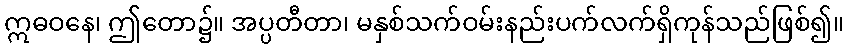
ဣဓဝနေ၊ ဤတော၌။ အပ္ပတီတာ၊ မနှစ်သက်ဝမ်းနည်းပက်လက်ရှိကုန်သည်ဖြစ်၍။